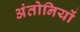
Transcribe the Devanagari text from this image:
अंतोनियों